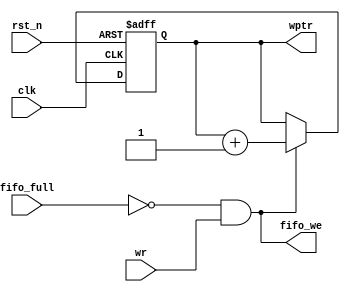
module write_pointer(wptr,fifo_we,wr,fifo_full,clk,rst_n);  
  input wr,fifo_full,clk,rst_n;  
  output[4:0] wptr;  
  output fifo_we;  
  reg[4:0] wptr;  
  assign fifo_we = (~fifo_full)&wr;  
  always @(posedge clk or negedge rst_n)  
  begin  
   if(~rst_n) wptr <= 5'b000000;  
   else if(fifo_we)  
    wptr <= wptr + 5'b000001;  
   else  
    wptr <= wptr;  
  end  
 endmodule